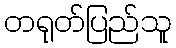
တရုတ်ပြည်သူ